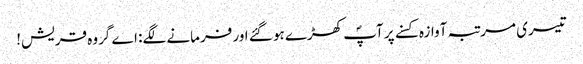
تیسری مرتبہ آوازہ کسنے پر آپؐ کھڑے ہو گئے اور فرمانے لگے: اے گروہ قریش!